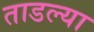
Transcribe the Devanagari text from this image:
ताडल्या